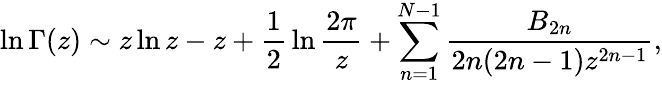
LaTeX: \ln\Gamma(z)\sim z\ln z-z+{\frac{1}{2}}\ln{\frac{2\pi}{z}}+\sum_{n=1}^{N-1}{\frac{B_{2n}}{2n(2n-1)z^{2n-1}}},